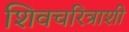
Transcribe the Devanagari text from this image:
शिवचरित्राशी